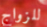
للزواج